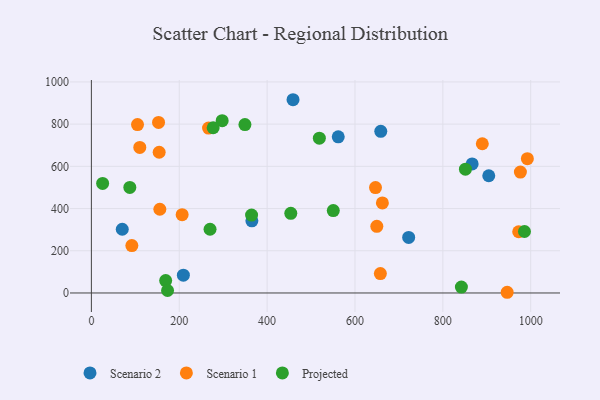
{"axis": {"x": "Speed", "y": "Profit"}, "legend": ["Projected", "Scenario 1", "Scenario 2"], "data": [{"x": "904.5", "y": 555.5, "type": "Scenario 2"}, {"x": "459.0", "y": 915.7, "type": "Scenario 2"}, {"x": "658.7", "y": 765.8, "type": "Scenario 2"}, {"x": "866.7", "y": 611.6, "type": "Scenario 2"}, {"x": "722.2", "y": 263.0, "type": "Scenario 2"}, {"x": "209.4", "y": 84.2, "type": "Scenario 2"}, {"x": "561.9", "y": 739.8, "type": "Scenario 2"}, {"x": "365.3", "y": 341.7, "type": "Scenario 2"}, {"x": "70.3", "y": 302.0, "type": "Scenario 2"}, {"x": "154.3", "y": 666.7, "type": "Scenario 1"}, {"x": "155.8", "y": 396.8, "type": "Scenario 1"}, {"x": "649.7", "y": 315.7, "type": "Scenario 1"}, {"x": "992.4", "y": 636.4, "type": "Scenario 1"}, {"x": "105.0", "y": 798.1, "type": "Scenario 1"}, {"x": "152.9", "y": 808.3, "type": "Scenario 1"}, {"x": "972.6", "y": 290.1, "type": "Scenario 1"}, {"x": "976.5", "y": 573.1, "type": "Scenario 1"}, {"x": "946.4", "y": 3.3, "type": "Scenario 1"}, {"x": "206.6", "y": 371.0, "type": "Scenario 1"}, {"x": "662.4", "y": 426.8, "type": "Scenario 1"}, {"x": "646.7", "y": 499.4, "type": "Scenario 1"}, {"x": "110.2", "y": 689.7, "type": "Scenario 1"}, {"x": "266.7", "y": 781.4, "type": "Scenario 1"}, {"x": "889.8", "y": 707.0, "type": "Scenario 1"}, {"x": "657.8", "y": 91.8, "type": "Scenario 1"}, {"x": "92.1", "y": 224.7, "type": "Scenario 1"}, {"x": "297.7", "y": 816.2, "type": "Projected"}, {"x": "349.5", "y": 798.0, "type": "Projected"}, {"x": "25.6", "y": 519.2, "type": "Projected"}, {"x": "169.1", "y": 58.8, "type": "Projected"}, {"x": "173.4", "y": 11.8, "type": "Projected"}, {"x": "842.2", "y": 27.9, "type": "Projected"}, {"x": "453.9", "y": 377.6, "type": "Projected"}, {"x": "518.9", "y": 733.6, "type": "Projected"}, {"x": "364.6", "y": 369.0, "type": "Projected"}, {"x": "985.8", "y": 291.4, "type": "Projected"}, {"x": "851.4", "y": 586.6, "type": "Projected"}, {"x": "277.2", "y": 782.8, "type": "Projected"}, {"x": "550.6", "y": 390.4, "type": "Projected"}, {"x": "87.5", "y": 500.3, "type": "Projected"}, {"x": "270.1", "y": 301.9, "type": "Projected"}]}